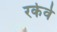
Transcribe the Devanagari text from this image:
रकेवे